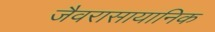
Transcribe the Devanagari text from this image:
जैवरासायानिक